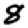
Digit: 8